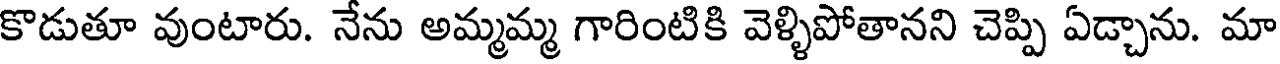
కొడుతూ వుంటారు. నేను అమ్మమ్మ గారింటికి వెళ్ళిపోతానని చెప్పి ఏడ్చాను. మా